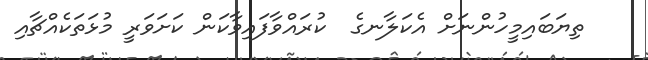
ތިޔަބައިމީހުންނަށް އެކަލާނގެ  ކުރައްވާފައިވާކަން ކަށަވަރީ މުޅަތަކެއްޗާއި